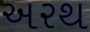
અરથ